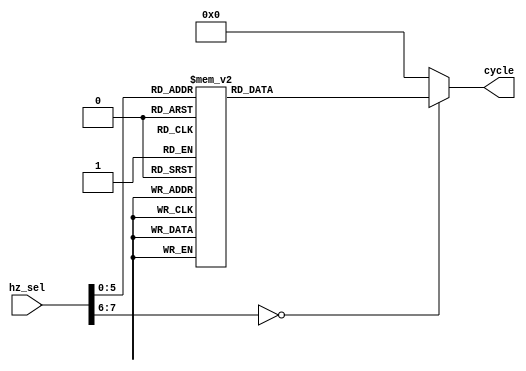
module music_hz
(
 input  [7:0]  hz_sel,
 output reg [19:0] cycle
) ;

parameter CLK_FRE = 50 ;

always @(*)
begin
  case(hz_sel)
     8'h01   : cycle <= CLK_FRE*1000000/261  ;  //low 1         261Hz
     8'h02   : cycle <= CLK_FRE*1000000/293  ;  //low 2         293Hz
     8'h03   : cycle <= CLK_FRE*1000000/329  ;  //low 3         329Hz
     8'h04   : cycle <= CLK_FRE*1000000/349  ;  //low 4         349Hz
     8'h05   : cycle <= CLK_FRE*1000000/392  ;  //low 5         392Hz
     8'h06   : cycle <= CLK_FRE*1000000/440  ;  //low 6         440Hz
     8'h07   : cycle <= CLK_FRE*1000000/499  ;  //low 7         499Hz
     8'h11   : cycle <= CLK_FRE*1000000/523  ;  //middle 1      523Hz
     8'h12   : cycle <= CLK_FRE*1000000/587  ;  //middle 2      587Hz
     8'h13   : cycle <= CLK_FRE*1000000/659  ;  //middle 3      659Hz
     8'h14   : cycle <= CLK_FRE*1000000/698  ;  //middle 4      698Hz
     8'h15   : cycle <= CLK_FRE*1000000/784  ;  //middle 5      784Hz
     8'h16   : cycle <= CLK_FRE*1000000/880  ;  //middle 6      880Hz
     8'h17   : cycle <= CLK_FRE*1000000/998  ;  //middle 7      998Hz
     8'h21   : cycle <= CLK_FRE*1000000/1046 ;  //high 1        1046Hz
     8'h22   : cycle <= CLK_FRE*1000000/1174 ;  //high 2        1174Hz
     8'h23   : cycle <= CLK_FRE*1000000/1318 ;  //high 3        1318Hz
     8'h24   : cycle <= CLK_FRE*1000000/1396 ;  //high 4        1396Hz
     8'h25   : cycle <= CLK_FRE*1000000/1568 ;  //high 5        1568Hz
     8'h26   : cycle <= CLK_FRE*1000000/1760 ;  //high 6        1760Hz
     8'h27   : cycle <= CLK_FRE*1000000/1976 ;  //high 7        1976Hz
	  8'h31   : cycle <= CLK_FRE*1000000/2093 ;  //super high 1  2093Hz
	  8'h32   : cycle <= CLK_FRE*1000000/2349 ;  //super high 2  2349Hz
	  8'h33   : cycle <= CLK_FRE*1000000/2637 ;  //super high 3  2637Hz
	  8'h34   : cycle <= CLK_FRE*1000000/2794 ;  //super high 4  2794Hz
	  8'h35   : cycle <= CLK_FRE*1000000/3136 ;  //super high 5  3136Hz
	  8'h36   : cycle <= CLK_FRE*1000000/3520 ;  //super high 6  3520Hz
	  8'h37   : cycle <= CLK_FRE*1000000/3951 ;  //super high 7  3951Hz
     default : cycle <= 20'd0 ;
  endcase
end

endmodule